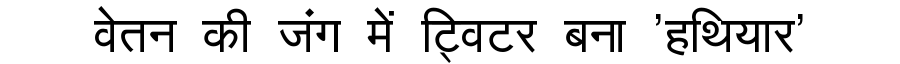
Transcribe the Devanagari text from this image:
वेतन की जंग में ट्विटर बना 'हथियार'